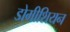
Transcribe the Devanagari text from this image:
डोमीशियन